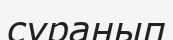
сұранып